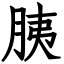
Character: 胰